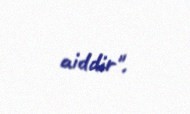
aiddir".